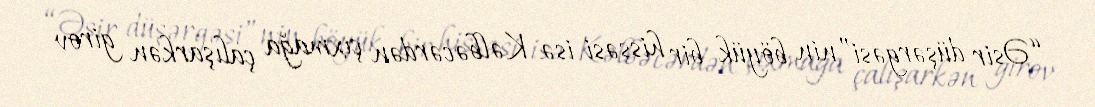
“Əsir düşərgəsi”nin böyük bir hissəsi isə Kəlbəcərdən çıxmağa çalışarkən girov